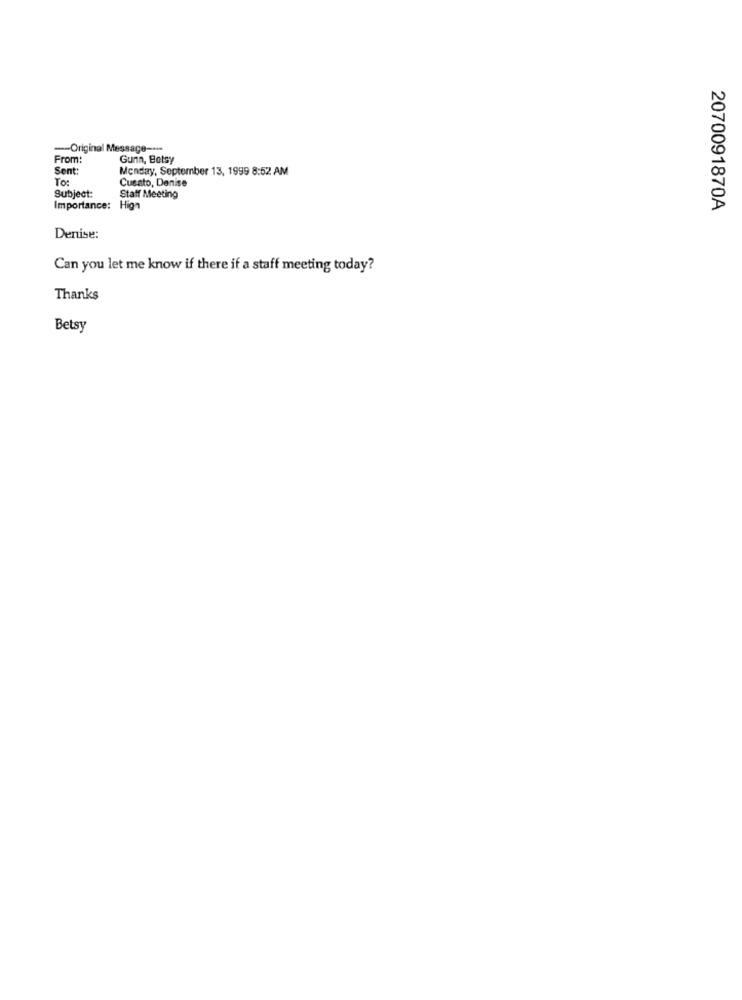
-- Original Message ----
From:
Gunn, Betsy
Sent:
Monday, September 13, 1999 8:52 AM
To:
Cusato, Denise
Subject:
Staff Meeting
Importance: High
2070091870A
Denise:
Can you let me know if there if a staff meeting today?
Thanks
Betsy